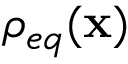
\rho _ { e q } ( \mathbf { x } )